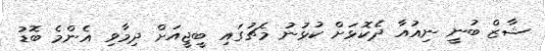
ޝާޒް ބުނީ ނިއުއާ ދެކޮޅަށް ކުޅުނު މެޗުގައި ބީޖީއަށް ދިމާވި އެންމެ ބޮޑު